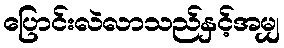
ပြောင်းလဲလာသည်နှင့်အမျှ